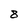
Character: 8